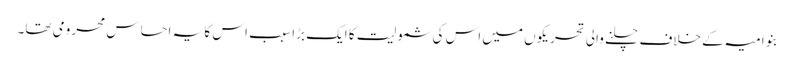
بنو امیہ کے خلاف چلنے والی تحریکوں میں اس کی شمولیت کا ایک بڑا سبب اس کا یہ احساس محرومی تھا۔